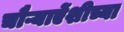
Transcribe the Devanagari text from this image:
चौऱ्याऐंशीच्या